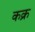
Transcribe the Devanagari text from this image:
कक्र